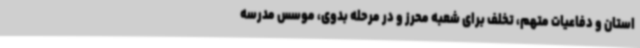
استان و دفاعیات متهم، تخلف برای شعبه محرز و در مرحله بدوی، موسس مدرسه